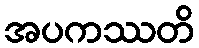
အပကဿတိ